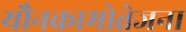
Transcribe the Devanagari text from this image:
यौनकामोत्तेजना